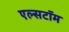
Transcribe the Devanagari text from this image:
एल्सटॉम